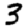
Digit: 3